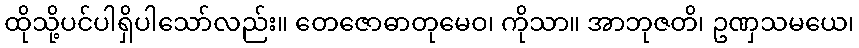
ထိုသို့ပင်ပါရှိပါသော်လည်း။ တေဇောဓာတုမေဝ၊ ကိုသာ။ အာဘုဇတိ၊ ဥဏှသမယေ၊